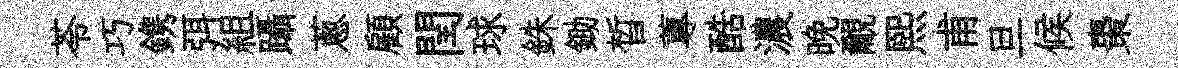
苓巧鎸弭組躡蔥顧閏球銖鋤晳蓴酷濃晩覼煕甫旦候棗